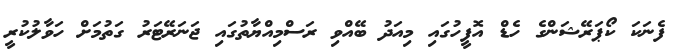
ފެނަކަ ކޯޕަރޭޝަންގެ ހެޑް އޮފީހުގައި މިއަދު ބޭއްވި ރަސްމިއްޔާތުގައި ޖަނަރޭޓަރު ގަތުމަށް ހަވާލުކުރީ